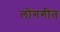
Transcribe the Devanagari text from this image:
लोगगीत